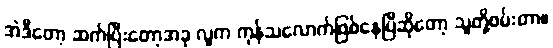
အဲဒီတော့ ဆက်ပြီးတော့အခု လူက ကုန်သလောက်ဖြစ်နေပြီဆိုတော့ သူတို့ဖမ်းတာ။